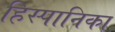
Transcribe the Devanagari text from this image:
हिस्पानिका